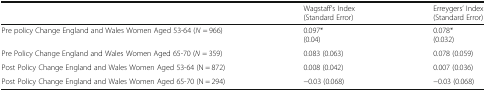
|  | Wagstaff’s Index(Standard Error) | Erreygers’ Index(Standard Error) |
 | --- | --- | --- |
 | Pre policy Change England and Wales Women Aged 53-64 (N = 966) | 0.097*(0.04) | 0.078*(0.032) |
 | Pre Policy Change England and Wales Women Aged 65-70 (N = 359) | 0.083 (0.063) | 0.078 (0.059) |
 | Post Policy Change England and Wales Women Aged 53-64 (N = 872) | 0.008 (0.042) | 0.007 (0.036) |
 | Post Policy Change England and Wales Women Aged 65-70 (N = 294) | −0.03 (0.068) | −0.03 (0.068) |